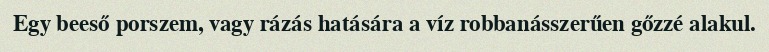
Egy beeső porszem, vagy rázás hatására a víz robbanásszerűen gőzzé alakul.